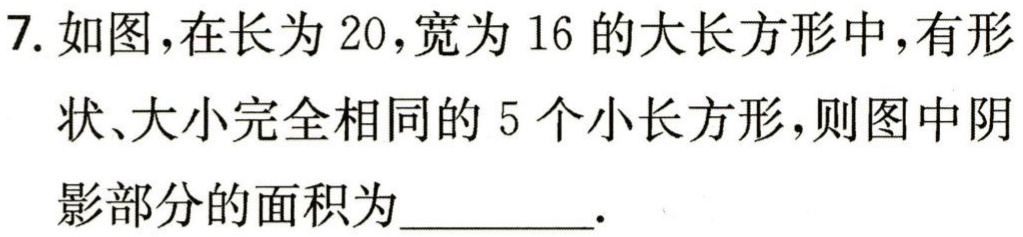
7. 如图，在长为 \(20\)，宽为 \(16\) 的大长方形中，有形状、大小完全相同的 \(5\) 个小长方形，则图中阴影部分的面积为__________.